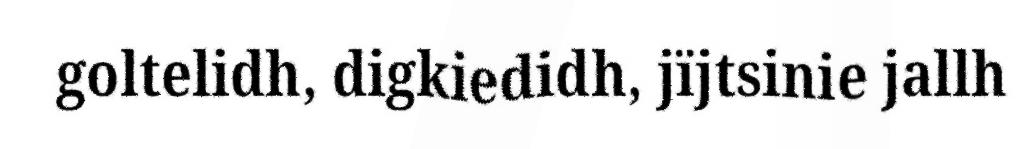
goltelidh, digkiedidh, jïjtsinie jallh